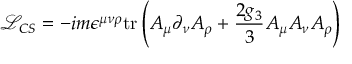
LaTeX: \mathcal { L } _ { C S } = - i m \epsilon ^ { \mu \nu \rho } \mathrm { t r } \left( A _ { \mu } \partial _ { \nu } A _ { \rho } + \frac { 2 g _ { 3 } } { 3 } A _ { \mu } A _ { \nu } A _ { \rho } \right)